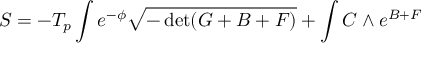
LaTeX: S = - T _ { p } \int e ^ { - \phi } \sqrt { - \operatorname * { d e t } ( G + B + F ) } + \int C \wedge e ^ { B + F }